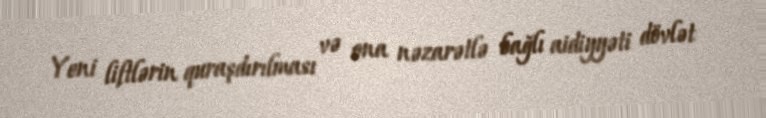
Yeni liftlərin quraşdırılması və ona nəzarətlə bağlı aidiyyəti dövlət